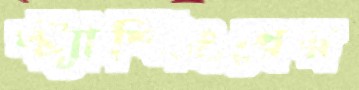
স্ট্যাম্পিংয়ের